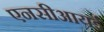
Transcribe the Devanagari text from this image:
एनसीआयई